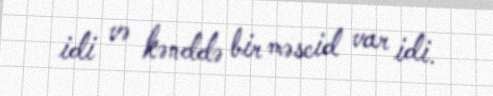
idi və kənddə bir məscid var idi.